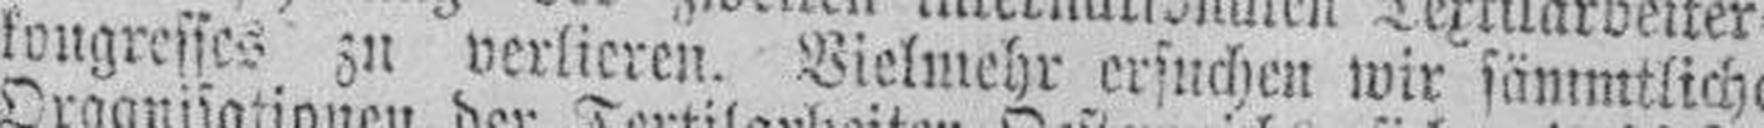
kongresses zu verlieren. Vielmehr ersuchen wir sämmtliche